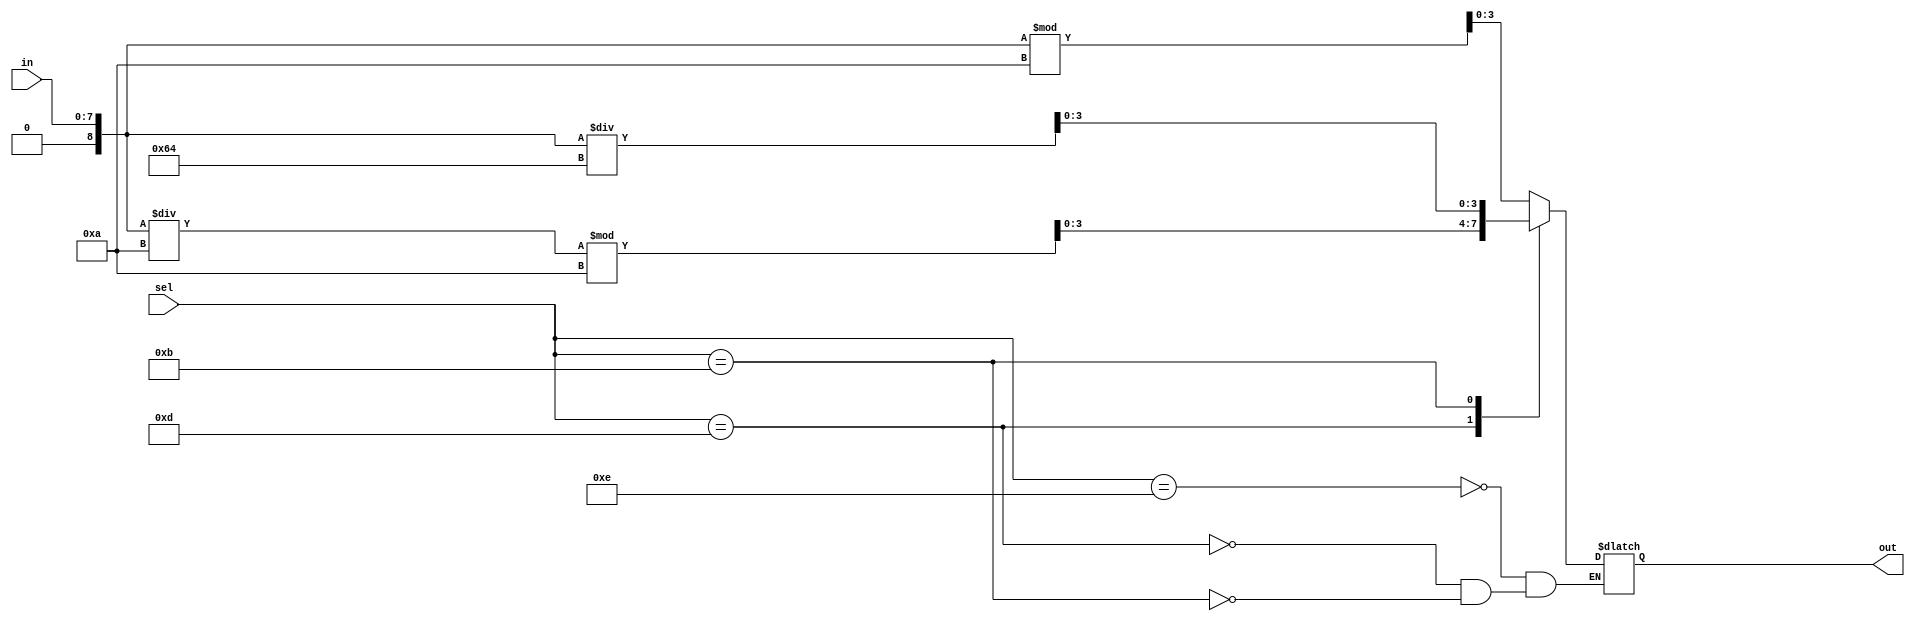
`timescale 1ns / 1ps

module digit_extractor(
        input [7:0] in,
        input [3:0] sel,
        
        output reg [3:0] out
    );
    
    integer temp;
    reg [3:0] hundreds_digit;
    reg [3:0] tens_digit;
    reg [3:0] units_digit;

    always @(*) begin
        // Assign input to temporary variable for calculations
        temp = in;
        
        // extract the units digit
        units_digit = temp % 10;
        
        // To do: extract the tens digit
        tens_digit = temp/10 %10;

        // To do: extract the hundreds digit
	    hundreds_digit = temp / 100;
    end
    
    always @(*) begin
        case (sel)
            4'b1110: out = units_digit;
            4'b1101: out = tens_digit;
            4'b1011: out = hundreds_digit;
        endcase
    end
    
endmodule